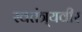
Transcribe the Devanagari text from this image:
स्वतंत्र्यवीर